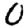
Digit: 0